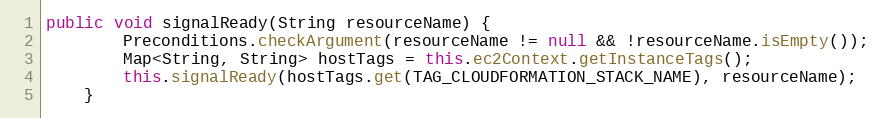
Language: Java
public void signalReady(String resourceName) {
        Preconditions.checkArgument(resourceName != null && !resourceName.isEmpty());
        Map<String, String> hostTags = this.ec2Context.getInstanceTags();
        this.signalReady(hostTags.get(TAG_CLOUDFORMATION_STACK_NAME), resourceName);
    }